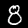
Label: 8